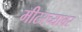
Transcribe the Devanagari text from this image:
मीटरच्यावर